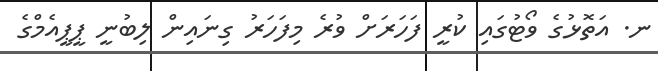
ނ. އަތޮޅުގެ ވޯޓުގައި ކުރީ ފަހަރަށް ވުރެ މިފަހަރު ގިނައިން ލިބުނީ ޕީޕީއެމްގެ